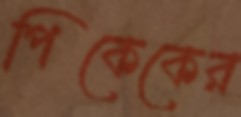
পিকেকের